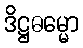
ဒိဋ္ဌဓမ္မော